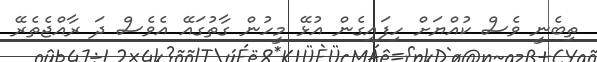
ތިބެނީ ވެސް ކުއްޔަށް ހިފައިގެން އުޅޭ މީހުން ގާތުގައޭ އެވެސް ދަ ރާއްޖެތެރޭ